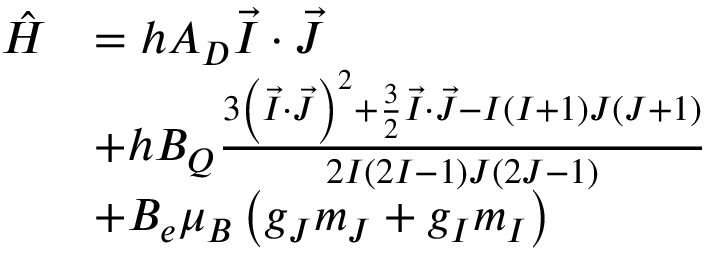
\begin{array} { r l } { \hat { H } } & { = h A _ { D } \vec { I } \cdot \vec { J } } \\ & { + h B _ { Q } \frac { 3 \left( \vec { I } \cdot \vec { J } \right) ^ { 2 } + \frac { 3 } { 2 } \vec { I } \cdot \vec { J } - I \left( I + 1 \right) J \left( J + 1 \right) } { 2 I \left( 2 I - 1 \right) J \left( 2 J - 1 \right) } } \\ & { + B _ { e } \mu _ { B } \left( g _ { J } m _ { J } + g _ { I } m _ { I } \right) } \end{array}